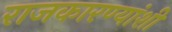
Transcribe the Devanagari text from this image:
राजकारण्यांशी